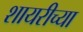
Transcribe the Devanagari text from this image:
शायरीच्या